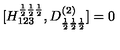
[ H _ { 1 2 3 } ^ { \frac { 1 } { 2 } \frac { 1 } { 2 } \frac { 1 } { 2 } } , D _ { \frac { 1 } { 2 } \frac { 1 } { 2 } \frac { 1 } { 2 } } ^ { ( 2 ) } ] = 0